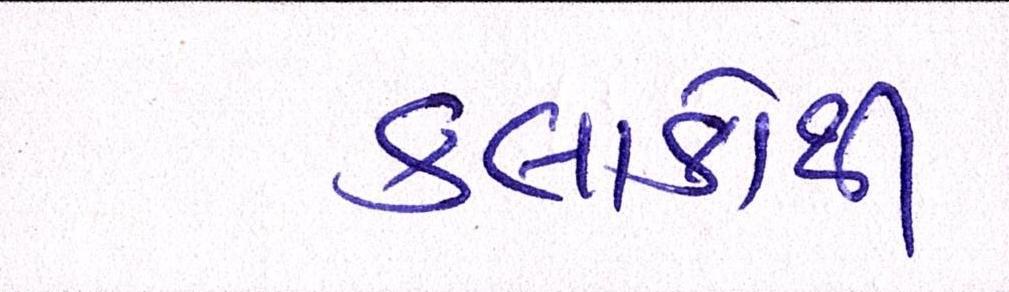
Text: કલાકોથી